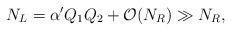
LaTeX: \begin{align*}N_L=\alpha^{\prime} Q_1Q_2+{\cal O}(N_R)\gg N_R,\end{align*}